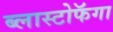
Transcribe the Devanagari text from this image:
ब्लास्टोफॅगा